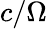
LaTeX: c/\Omega